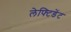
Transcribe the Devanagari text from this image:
लेफ्टिडेंट